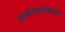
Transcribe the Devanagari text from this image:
कार्यालयाविषयी